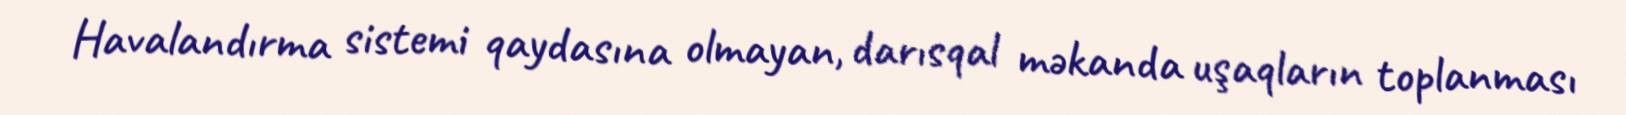
Havalandırma sistemi qaydasına olmayan, darısqal məkanda uşaqların toplanması